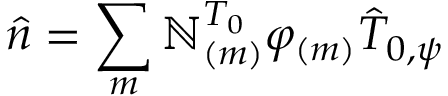
\hat { n } = \sum _ { m } \mathbb { N } _ { ( m ) } ^ { T _ { 0 } } \varphi _ { ( m ) } \hat { T } _ { 0 , \psi }